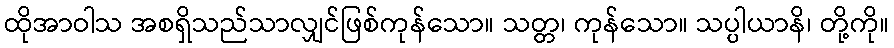
ထိုအာဝါသ အစရှိသည်သာလျှင်ဖြစ်ကုန်သော။ သတ္တ၊ ကုန်သော။ သပ္ပါယာနိ၊ တို့ကို။